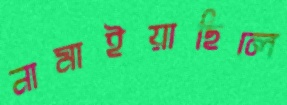
নামাইয়াছিলে